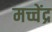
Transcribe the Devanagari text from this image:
मच्चेंद्र